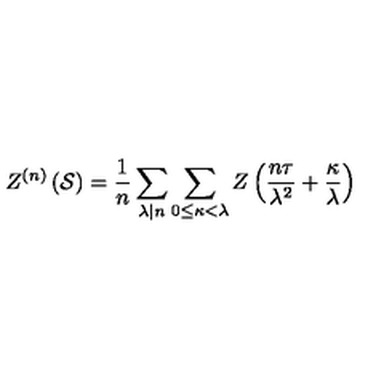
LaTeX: Z ^ { ( n ) } \left( \mathcal { S } \right) = \frac { 1 } { n } \sum _ { \lambda | n } \sum _ { 0 \leq \kappa < \lambda } Z \left( \frac { n \tau } { \lambda ^ { 2 } } + \frac { \kappa } { \lambda } \right)